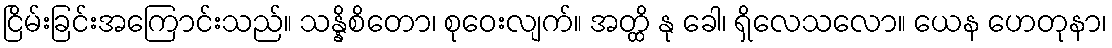
ငြိမ်းခြင်းအကြောင်းသည်။ သန္နိစိတော၊ စုဝေးလျက်။ အတ္ထိ နု ခေါ၊ ရှိလေသလော။ ယေန ဟေတုနာ၊